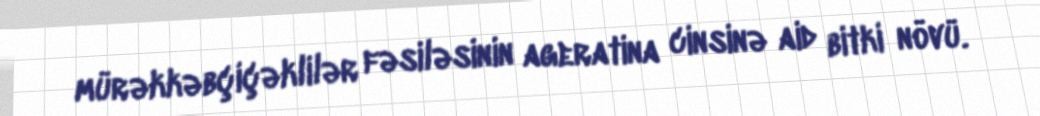
mürəkkəbçiçəklilər fəsiləsinin ageratina cinsinə aid bitki növü.